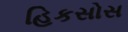
હિકસોસ